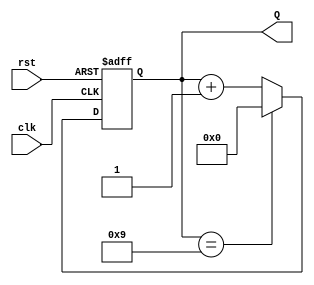
module decade_counter (
    input wire clk,        // Clock input
    input wire rst,        // Asynchronous reset input
    output reg [3:0] Q     // 4-bit output for the counter
);

// Sequential logic for the Decade Counter
always @(posedge clk or posedge rst) begin
    if (rst) begin
        Q <= 4'b0000;      // Reset the counter to 0
    end else if (Q == 4'b1001) begin
        Q <= 4'b0000;      // Reset the counter to 0 after reaching 9
    end else begin
        Q <= Q + 1;        // Increment the counter
    end
end

endmodule